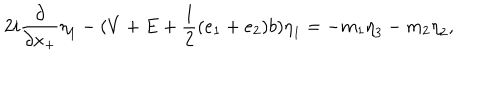
2 i \frac { \partial } { \partial x _ { + } } { \eta } _ { 1 } - ( V + E + \frac { 1 } { 2 } ( e _ { 1 } + e _ { 2 } ) b ) { \eta } _ { 1 } = - m _ { 1 } { \eta } _ { 3 } - m _ { 2 } { \eta } _ { 2 } ,